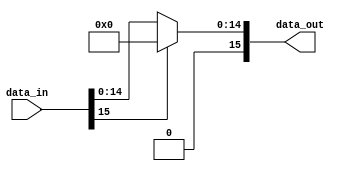
`timescale 1ns / 1ps

module node_relu(data_in,data_out);

localparam width = 16;

input [width-1:0] data_in;
output reg [width-1:0] data_out;


always@(*) begin
	if(data_in[width-1] == 1'b1) data_out = 16'd0;
	else data_out = data_in;

end

endmodule